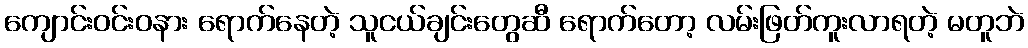
ကျောင်းဝင်းဝနား ရောက်နေတဲ့ သူငယ်ချင်းတွေဆီ ရောက်တော့ လမ်းဖြတ်ကူးလာရတဲ့ မတူဘဲ